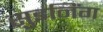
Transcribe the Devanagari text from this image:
सुइनिंग